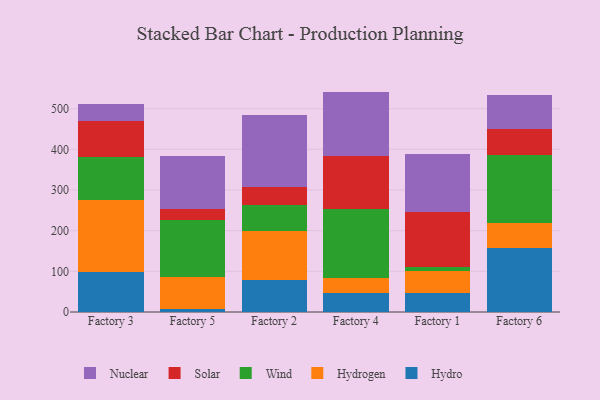
{"axis": {"x": "Factory", "y": "Budget (USD K)"}, "legend": ["Hydro", "Hydrogen", "Nuclear", "Solar", "Wind"], "data": [{"x": "Factory 3", "y": 99.4, "type": "Hydro"}, {"x": "Factory 3", "y": 176.6, "type": "Hydrogen"}, {"x": "Factory 3", "y": 106.3, "type": "Wind"}, {"x": "Factory 3", "y": 87.8, "type": "Solar"}, {"x": "Factory 3", "y": 40.6, "type": "Nuclear"}, {"x": "Factory 5", "y": 6.5, "type": "Hydro"}, {"x": "Factory 5", "y": 80.0, "type": "Hydrogen"}, {"x": "Factory 5", "y": 139.4, "type": "Wind"}, {"x": "Factory 5", "y": 26.4, "type": "Solar"}, {"x": "Factory 5", "y": 132.2, "type": "Nuclear"}, {"x": "Factory 2", "y": 78.7, "type": "Hydro"}, {"x": "Factory 2", "y": 120.1, "type": "Hydrogen"}, {"x": "Factory 2", "y": 64.8, "type": "Wind"}, {"x": "Factory 2", "y": 43.4, "type": "Solar"}, {"x": "Factory 2", "y": 176.4, "type": "Nuclear"}, {"x": "Factory 4", "y": 47.7, "type": "Hydro"}, {"x": "Factory 4", "y": 36.0, "type": "Hydrogen"}, {"x": "Factory 4", "y": 169.4, "type": "Wind"}, {"x": "Factory 4", "y": 131.4, "type": "Solar"}, {"x": "Factory 4", "y": 157.5, "type": "Nuclear"}, {"x": "Factory 1", "y": 46.8, "type": "Hydro"}, {"x": "Factory 1", "y": 55.0, "type": "Hydrogen"}, {"x": "Factory 1", "y": 9.8, "type": "Wind"}, {"x": "Factory 1", "y": 133.2, "type": "Solar"}, {"x": "Factory 1", "y": 144.7, "type": "Nuclear"}, {"x": "Factory 6", "y": 157.9, "type": "Hydro"}, {"x": "Factory 6", "y": 62.2, "type": "Hydrogen"}, {"x": "Factory 6", "y": 166.3, "type": "Wind"}, {"x": "Factory 6", "y": 63.8, "type": "Solar"}, {"x": "Factory 6", "y": 83.5, "type": "Nuclear"}]}